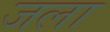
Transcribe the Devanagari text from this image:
जला